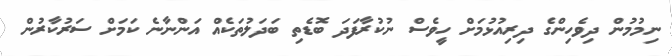
ނިމުމުން ދިވެހިންގެ ދިރިއުޅުމަށް ހީވެސް ނުކުރާފަދަ ބޮޑެތި ބަދަލުތަކެއް އަންނާނެ ކަމަށް ސަރުކާރުން